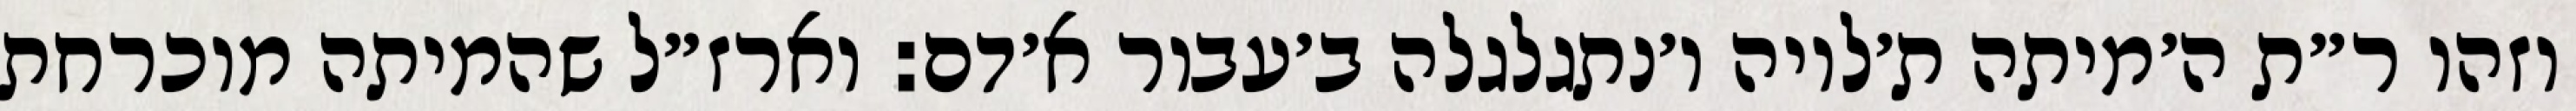
וזהו ר״ת ה׳מיתה ת׳לויה ו׳נתגלגלה ב׳עבור א׳דם: וארז״ל שהמיתה מוכרחת